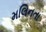
મલિનતા